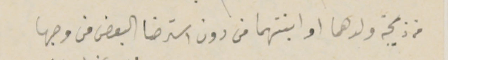
من ذيجة ولدهما او ابنتهما من دون استرضا البعض من وجها